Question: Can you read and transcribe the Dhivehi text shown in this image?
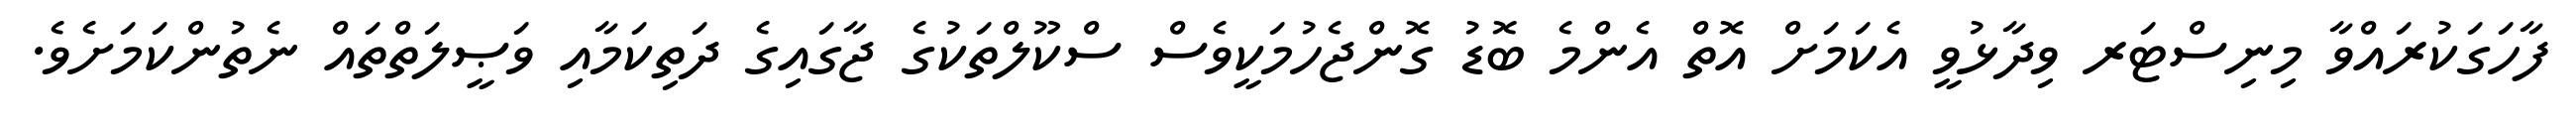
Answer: ފާހަގަކުރައްވާ މިނިސްޓަރ ވިދާޅުވީ އެކަމަށް އޮތް އެންމެ ބޮޑު ގޮންޖެހުމަކީވެސް ސްކޫލްތަކުގެ ޖާގައިގެ ދަތިކަމާއި ވަޞީލަތްތައް ނެތުންކަމަށެވެ.